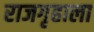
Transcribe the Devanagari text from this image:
राजगृहाला